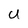
Character: U